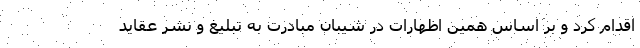
اقدام کرد و بر اساس همین اظهارات در شیبان مبادرت به تبلیغ و نشر عقاید